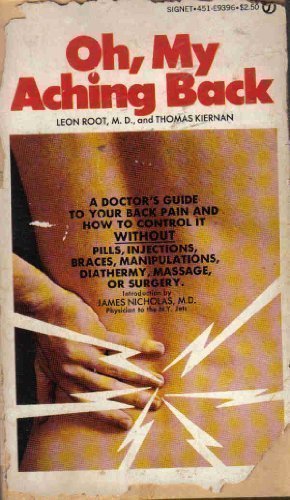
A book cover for Oh My Aching Back; Leon Root; Health, Fitness & Dieting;